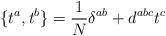
LaTeX: \begin{align*}\{ t^a, t^b \} = {1\over N} \delta^{ab} + d^{abc} t^c\end{align*}